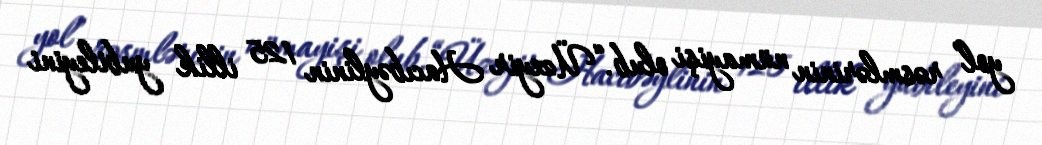
yol” rəsmlərinin nümayişi olub.“Üzeyir Hacıbəylinin 125 illik yubileyini